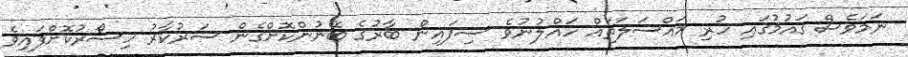
ނަމަވެސް ގައުމުގައި ހުރި މައްސަލަތައް ހައްލުނުވެ ސިފައިން ބާރުގެ ބޭނުންކޮށްގެން ސަރުކާރު ހިސޯރުކޮށްފައިވެ